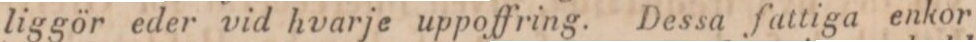
liggör eder vid hvarje uppoffring. Dessa fattiga enkor